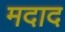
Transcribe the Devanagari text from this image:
मदाद